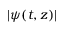
| \psi ( t , z ) |